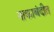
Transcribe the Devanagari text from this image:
नाकाबंदीत